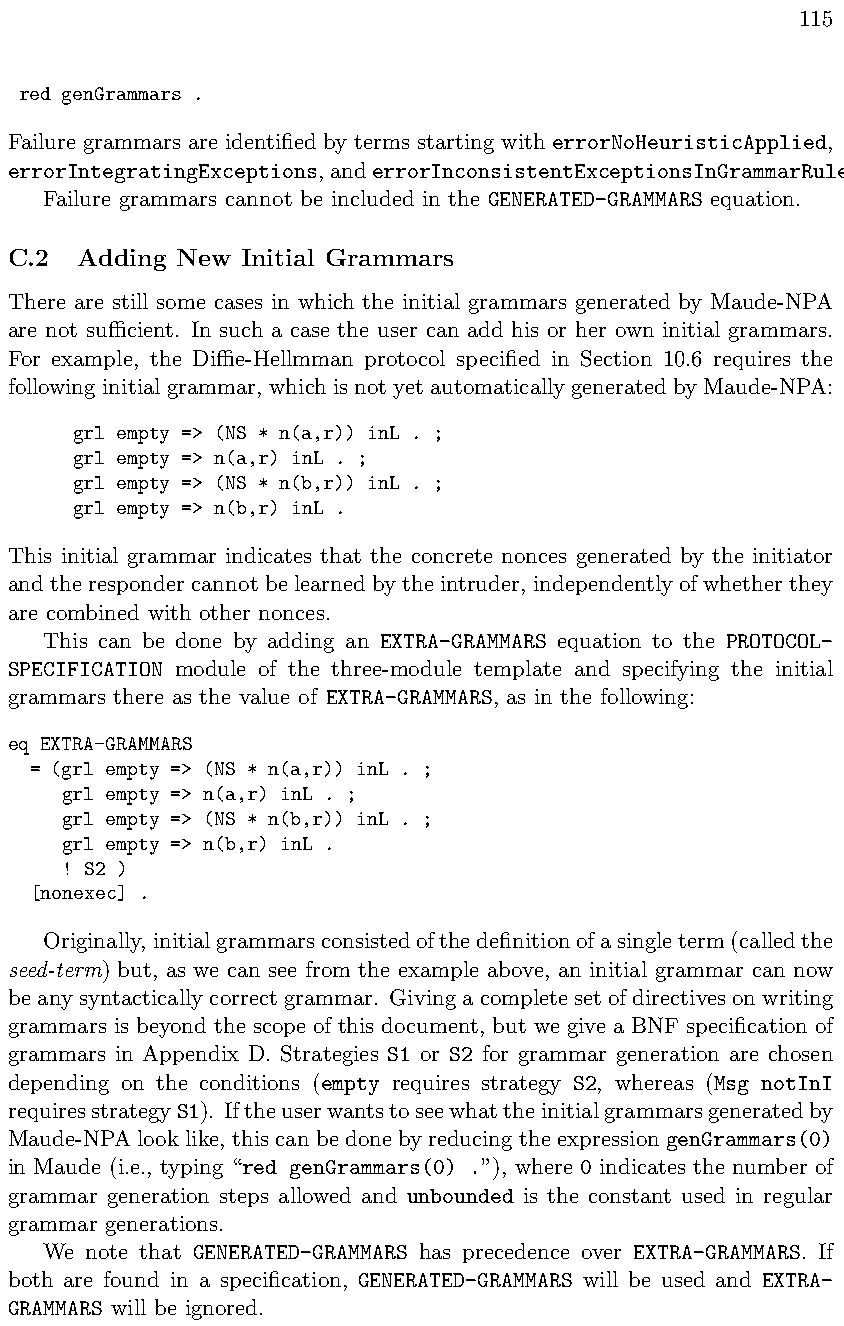
115
 red genGrammars .
 Failure grammars are identified by terms starting with errorNoHeuristicApplied,
 errorIntegratingExceptions,anderrorInconsistentExceptionsInGrammarRule.
 Failure grammars cannot be included in the GENERATED-GRAMMARS equation.
 C.2  Adding New Initial Grammars
 There are still some cases in which the initial grammars generated by Maude-NPA
 are not sucient. In such a case the user can add his or her own initial grammars.
 For example, the Die-Hellmman protocol specified in Section 10.6 requires the
 followinginitialgrammar, whichisnotyetautomaticallygeneratedbyMaude-NPA:
 grl empty => (NS * n(a,r)) inL . ;
 grl empty => n(a,r) inL . ;
 grl empty => (NS * n(b,r)) inL . ;
 grl empty => n(b,r) inL .
 This initial grammar indicates that the concrete nonces generated by the initiator
 andtherespondercannotbelearnedbytheintruder, independentlyofwhetherthey
 are combined with other nonces.
 This can be done by adding an EXTRA-GRAMMARS equation to the PROTOCOL-
 SPECIFICATION module of the three-module template and specifying the initial
 grammars there as the value of EXTRA-GRAMMARS, as in the following:
 eq EXTRA-GRAMMARS
 = (grl empty => (NS * n(a,r)) inL . ;
 grl empty => n(a,r) inL . ;
 grl empty => (NS * n(b,r)) inL . ;
 grl empty => n(b,r) inL .
 ! S2 )
 [nonexec] .
 Originally,initialgrammarsconsistedofthedefinitionofasingleterm(calledthe
 seed-term) but, as we can see from the example above, an initial grammar can now
 beanysyntacticallycorrectgrammar. Givingacompletesetofdirectivesonwriting
 grammars is beyond the scope of this document, but we give a BNF specification of
 grammars in Appendix D. Strategies S1 or S2 for grammar generation are chosen
 depending on the conditions (empty requires strategy S2, whereas (Msg notInI
 requiresstrategyS1). Iftheuserwantstoseewhattheinitialgrammarsgeneratedby
 Maude-NPA look like, this can be done by reducing the expression genGrammars(0)
 in Maude (i.e., typing “red genGrammars(0) .”), where 0 indicates the number of
 grammar generation steps allowed and unbounded is the constant used in regular
 grammar generations.
 We note that GENERATED-GRAMMARS has precedence over EXTRA-GRAMMARS. If
 both are found in a specification, GENERATED-GRAMMARS will be used and EXTRA-
 GRAMMARS will be ignored.